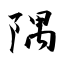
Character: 隅